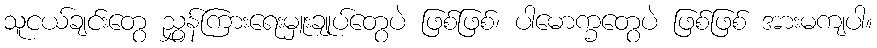
သူငယ်ချင်းတွေ ညွှန်ကြားရေးမှူးချုပ်တွေပဲ ဖြစ်ဖြစ်၊ ပါမောက္ခတွေပဲ ဖြစ်ဖြစ် အားမကျပါ။